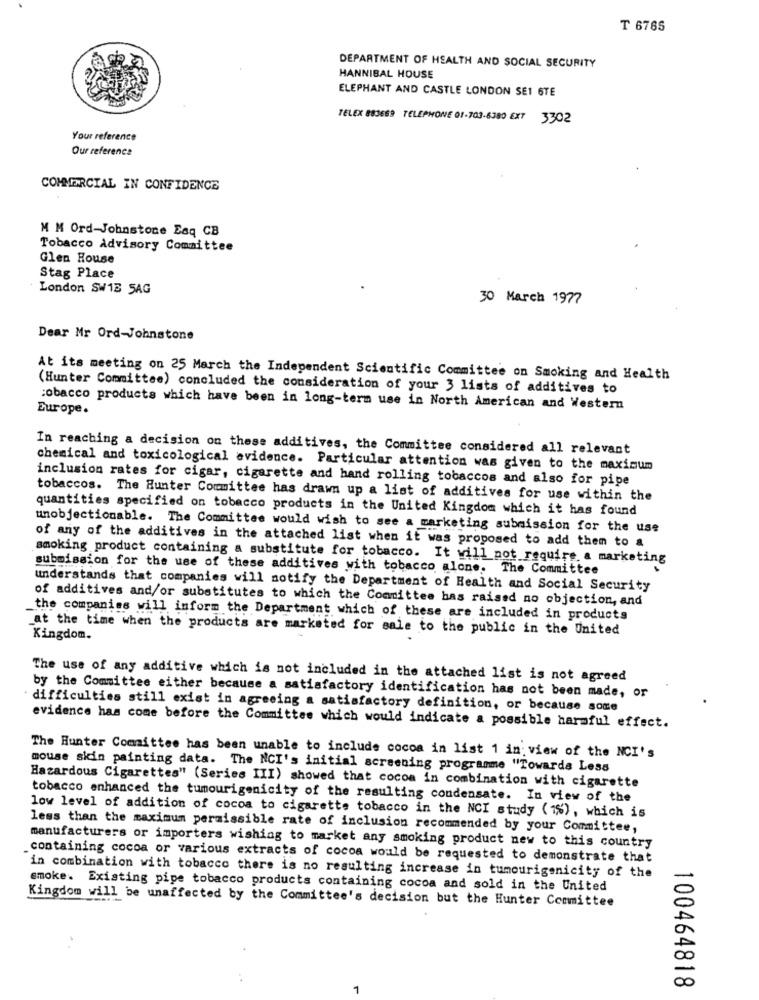
T 6765
DEPARTMENT OF HEALTH AND SOCIAL SECURITY
HANNIBAL HOUSE
ELEPHANT AND CASTLE LONDON SE1 6TE
TELEX 883669 TELEPHONE 01-703-6380 EXT 3302
Your reference
Our reference
COMMERCIAL IN CONFIDENCE
M M Ord-Johnstone Esq CB
Tobacco Advisory Committee
Glen House
Stag Place
London SW13 5AG
30 March 1977
Dear Mr Ord-Johnstone
At its meeting on 25 March the Independent Scientific Committee on Smoking and Health
(Hunter Committee) concluded the consideration of your 3 lists of additives to
Europe.
:obacco products which have been in long-term use in North American and Western
In reaching a decision on these additives, the Committee considered all relevant
chemical and toxicological evidence. Particular attention was given to the maximum
inclusion rates for cigar, cigarette and hand rolling tobaccos and also for pipe
tobaccos. The Hunter Committee has drawn up a list of additives for use within the
quantities specified on tobacco products in the United Kingdom which it has found
unobjectionable. The Committee would wish to see a marketing submission for the use
of any of the additives in the attached list when it was proposed to add them to a
smoking product containing a substitute for tobacco. It will not require a marketing
submission for the use of these additives with tobacco alone. The Committee
understands that companies will notify the Department of Health and Social Security
of additives and/or substitutes to which the Committee has raised no objection, and
the companies will inform the Department which of these are included in products
at the time when the products are marketed for sale to the public in the United
Kingdom.
The use of any additive which is not included in the attached list is not agreed
by the Committee either because a satisfactory identification has not been made, or
difficulties still exist in agreeing a satisfactory definition, or because some
evidence has come before the Committee which would indicate a possible harmful effect.
The Hunter Committee has been unable to include cocoa in list 1 in: view of the NCI's
mouse skin painting data. The NCI's initial screening programme "Towards Less
Hazardous Cigarettes" (Series III) showed that cocoa in combination with cigarette
tobacco enhanced the tumourigenicity of the resulting condensate. In view of the
low level of addition of cocoa to cigarette tobacco in the NCI study (1%), which is
less than the maximum permissible rate of inclusion recommended by your Committee,
manufacturers or importers wishing to market any smoking product new to this country
containing cocoa or various extracts of cocoa would be requested to demonstrate that
in combination with tobacco there is no resulting increase in tumourigenicity of the
smoke. Existing pipe tobacco products containing cocoa and sold in the United
Kingdom will be unaffected by the Committee's decision but the Hunter Committee
..
100464818